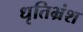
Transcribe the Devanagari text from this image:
धृतिभ्रंश